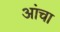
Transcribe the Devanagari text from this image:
आंचा